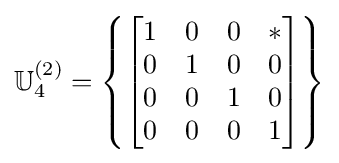
\mathbb {U} _{4}^{(2)}=\left\{{\begin{bmatrix}1&0&0&*\\0&1&0&0\\0&0&1&0\\0&0&0&1\end{bmatrix}}\right\}